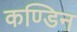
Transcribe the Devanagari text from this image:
कण्डिन